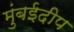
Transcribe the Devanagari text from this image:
मुंबईदीप